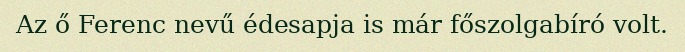
Az ő Ferenc nevű édesapja is már főszolgabíró volt.